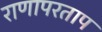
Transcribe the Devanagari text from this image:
राणापरताप